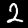
Label: 2